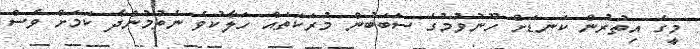
މީގެ އިތުރުން ކަނޑަށް ހޫނުވުމުގެ ސަބަބުން މުރަކަތައް ހަލާކުވެ ނެތުމުންދާ ކަމަށް ވެސް